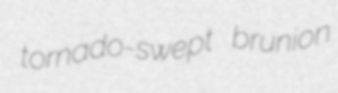
tornado-swept brunion